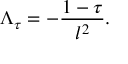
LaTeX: \Lambda _ { \tau } = - { \frac { 1 - \tau } { l ^ { 2 } } } .